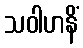
သဝါဟနိံ